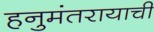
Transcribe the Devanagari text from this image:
हनुमंतरायाची